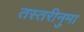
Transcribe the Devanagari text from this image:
तस्तरीनुमा